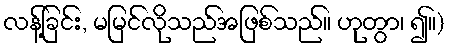
လန့်ခြင်း, မမြင်လိုသည်အဖြစ်သည်။ ဟုတွာ၊ ၍။)